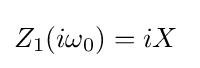
Z_{1}(i\omega _{0})=iX\